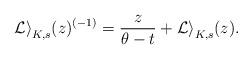
LaTeX: \begin{align*} \mathcal{Li}_{K,s}(z)^{(-1)}=\frac{z}{\theta-t}+\mathcal{Li}_{K,s}(z).\end{align*}